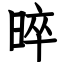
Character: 晬